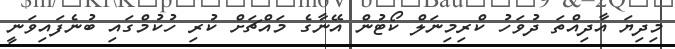
މިދިޔަ އާދިއްތަ ދުވަހު ކްރިމިނަލް ކޯޓުން އޭނާގެ މައްޗަށް ކުރި ހުކުމްގައި ބުނެފައިވަނީ